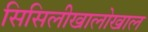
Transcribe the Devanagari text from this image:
सिसिलीखालोखाल